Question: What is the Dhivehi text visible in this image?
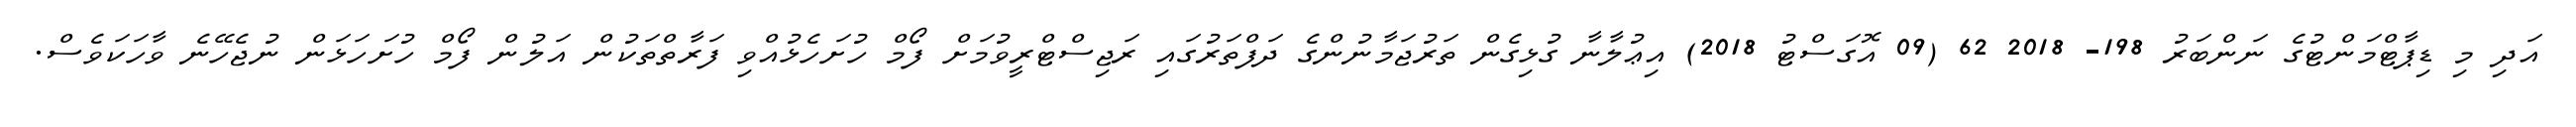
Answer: އަދި މި ޑިޕާޓްމަންޓުގެ ނަންބަރު 198- 2018 62 (09 އޮގަސްޓު 2018) އިޢުލާނާ ގުޅިގެން ތަރުޖަމާނުންގެ ދަފްތަރުގައި ރަޖިސްޓްރީވުމަށް ފޯމް ހުށަހެޅުއްވި ފަރާތްތަކުން އަލުން ފޯމް ހުށަހަޅަން ނުޖެހޭނެ ވާހަކަވެސް.